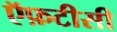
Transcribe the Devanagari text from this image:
ऍफ़टीसी